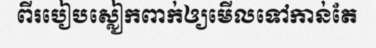
ពីរបៀបស្លៀកពាក់ឲ្យមើលទៅកាន់តែ